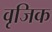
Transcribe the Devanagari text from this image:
वृजिक